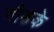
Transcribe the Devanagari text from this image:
गौडके